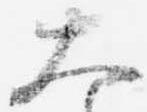
大